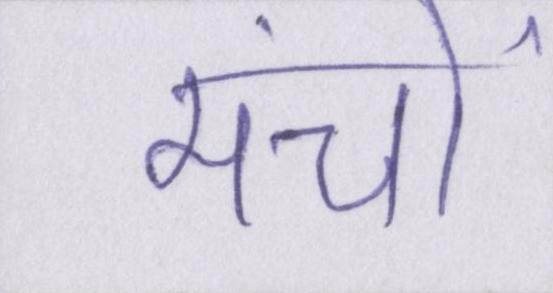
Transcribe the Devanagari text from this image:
मंचों